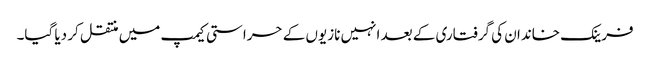
فرینک خاندان کی گرفتاری کے بعد انہیں نازیوں کے حراستی کیمپ میں منتقل کر دیا گیا۔